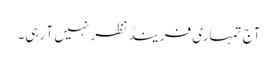
آج تمہاری فرینڈ نظر نہیں آ رہی۔